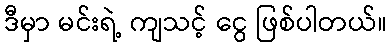
ဒီမှာ မင်းရဲ့ ကျသင့် ငွေ ဖြစ်ပါတယ်။